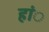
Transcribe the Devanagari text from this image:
हांे